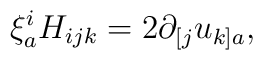
\xi^{i}_{a} H_{ijk} = 2\partial_{[j}u_{k]a} ,